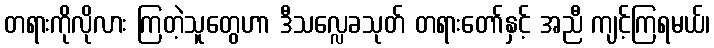
တရားကိုလိုလား ကြတဲ့သူတွေဟာ ဒီသလ္လေခသုတ် တရားတော်နှင့် အညီ ကျင့်ကြရမယ်၊